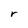
Character: r